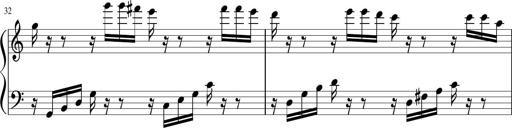
Title: Sonatina di Santa Gemma, JKB 12
Composer: Jason Baruk
Key: F major